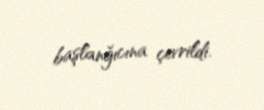
başlanğıcına çevrildi.